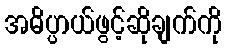
အဓိပ္ပာယ်ဖွင့်ဆိုချက်ကို